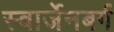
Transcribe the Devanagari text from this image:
स्वार्जेनबर्ग